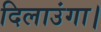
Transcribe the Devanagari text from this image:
दिलाउंगा।